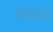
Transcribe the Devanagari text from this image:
जाणंकार